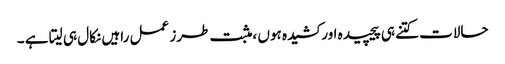
حالات کتنے ہی پیچیدہ اور کشیدہ ہوں ،مثبت طرز عمل راہیں نکال ہی لیتا ہے ۔